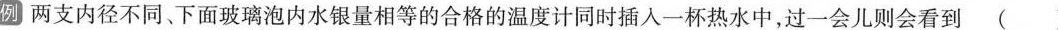
例 两支内径不同、下面玻璃泡内水银量相等的合格的温度计同时插入一杯热水中，过一会儿则会看到（）